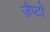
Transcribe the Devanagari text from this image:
ज़ैप्टो